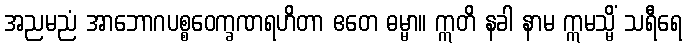
အညမညံ အာဘောဂပစ္စဝေက္ခဏရဟိတာ ဧတေ ဓမ္မာ။ ဣတိ နခါ နာမ ဣမသ္မိံ သရီရေ